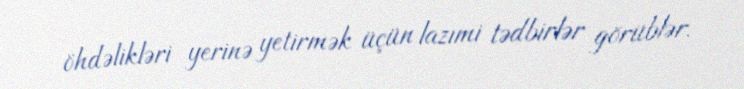
öhdəlikləri yerinə yetirmək üçün lazımi tədbirlər görüblər.